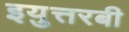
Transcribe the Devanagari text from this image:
इयुत्तरबी